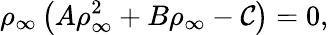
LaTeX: \rho_{\infty}\left(A\rho_{\infty}^{2}+B\rho_{\infty}-\mathcal{C}\right)=0,